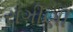
રાગીણી